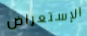
الإستعراض